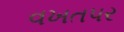
વખતપર